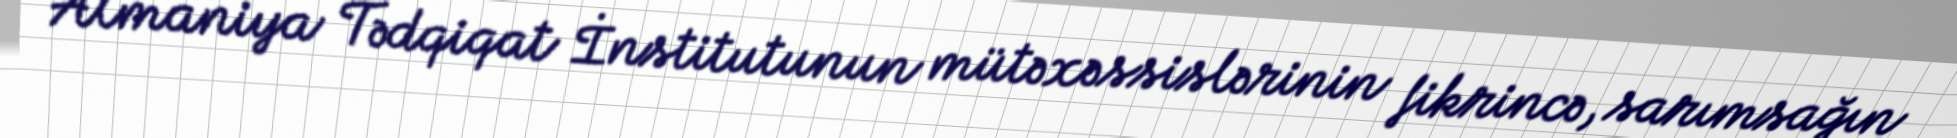
Almaniya Tədqiqat İnstitutunun mütəxəssislərinin fikrincə, sarımsağın